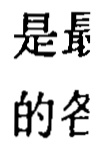
是最的各